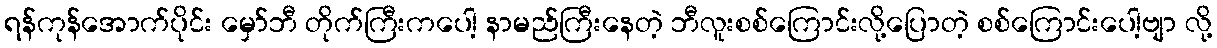
ရန်ကုန်အောက်ပိုင်း မှော်ဘီ တိုက်ကြီးကပေါ့ နာမည်ကြီးနေတဲ့ ဘီလူးစစ်ကြောင်းလို့ပြောတဲ့ စစ်ကြောင်းပေါ့ဗျာ လို့